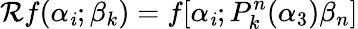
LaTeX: \mathcal{R}f(\alpha_{\mathit{i}};\beta_{k})=f[\alpha_{\mathit{i}};P_{k}^{n}(\alpha_{3})\beta_{n}]